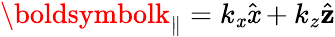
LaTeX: {\boldsymbolk_{\parallel}}=k_{\mathit{x}}\hat{{\mathbf{\mathit{x}}}}+k_{z}\hat{{\mathbf{z}}}